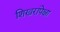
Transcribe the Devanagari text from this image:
शिखरांपेक्षा